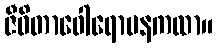
ဇီဝိတာဝေါရောပနကထာ။